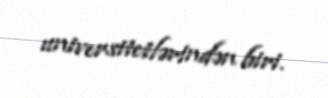
universitetlərindən biri.